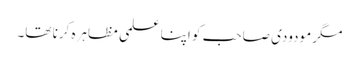
مگر مودودی صاحب کو اپنا علمی مظاہرہ کرنا تھا۔